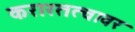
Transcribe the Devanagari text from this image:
करारतत्वावर